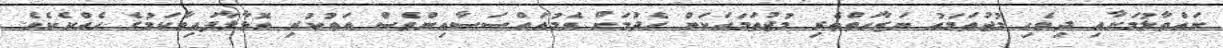
ނައްތާލުމަށާއި ދިވެހި މުޖުތަމައު ނަޒާހަތްތެރި މުޖުތަމައަކަށް ހެދުމަށް އެމުއައްސަސާއިންވެސް އަތުކުރި އޮޅާލާފައިވާކަމުގެ ހެއްކެކެވެ.